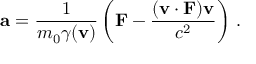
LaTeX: \mathbf { a } = { \frac { 1 } { m _ { 0 } \gamma ( \mathbf { v } ) } } \left( \mathbf { F } - { \frac { ( \mathbf { v } \cdot \mathbf { F } ) \mathbf { v } } { c ^ { 2 } } } \right) \, .